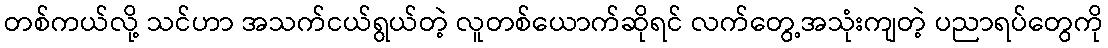
တစ်ကယ်လို့ သင်ဟာ အသက်ငယ်ရွယ်တဲ့ လူတစ်ယောက်ဆိုရင် လက်တွေ့အသုံးကျတဲ့ ပညာရပ်တွေကို